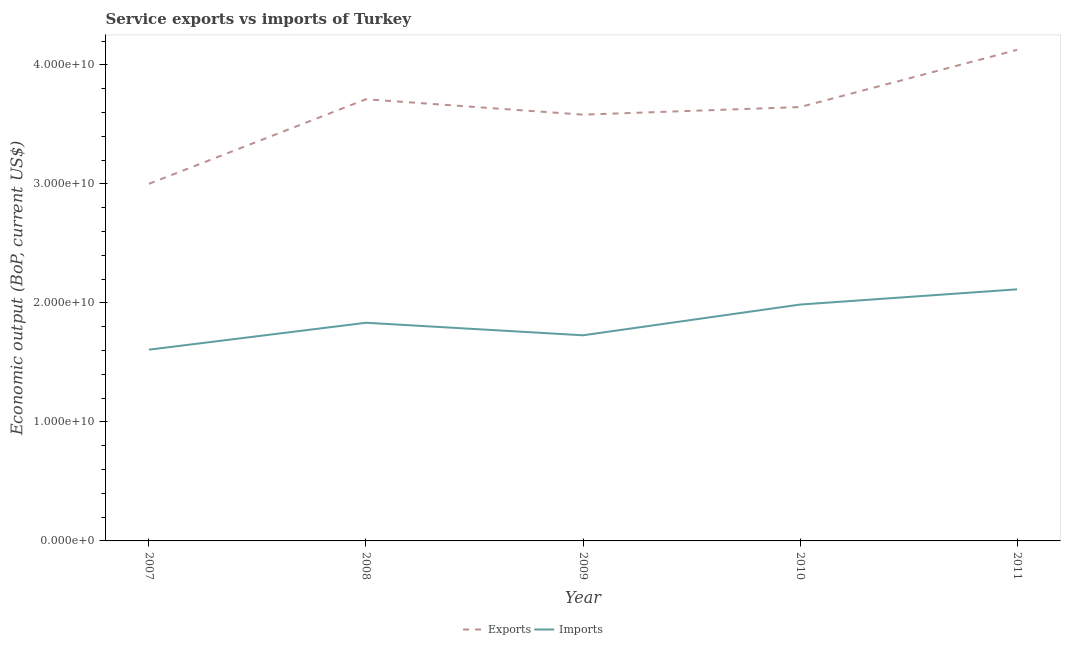
| Year | Exports | Imports |
 | --- | --- | --- |
 | 2007 | 3e+10 | 1.61e+10 |
 | 2008 | 3.71e+10 | 1.83e+10 |
 | 2009 | 3.58e+10 | 1.73e+10 |
 | 2010 | 3.65e+10 | 1.99e+10 |
 | 2011 | 4.13e+10 | 2.11e+10 |